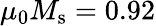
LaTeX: \mu_{0}M_{\mathrm{s}}=0.92